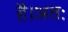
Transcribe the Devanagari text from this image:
है।अतः